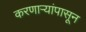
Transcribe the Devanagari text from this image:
करणाऱ्यांपासून